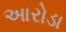
આરોડા